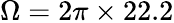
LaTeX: \Omega=2\pi\times 22.2